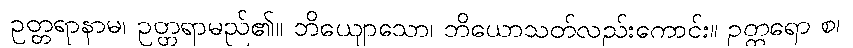
ဥတ္တရာနာမ၊ ဥတ္တရာမည်၏။ ဘိယျောသော၊ ဘိယောသတ်လည်းကောင်း။ ဥတ္တရော စ၊